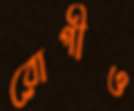
রোগীও